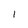
Character: I